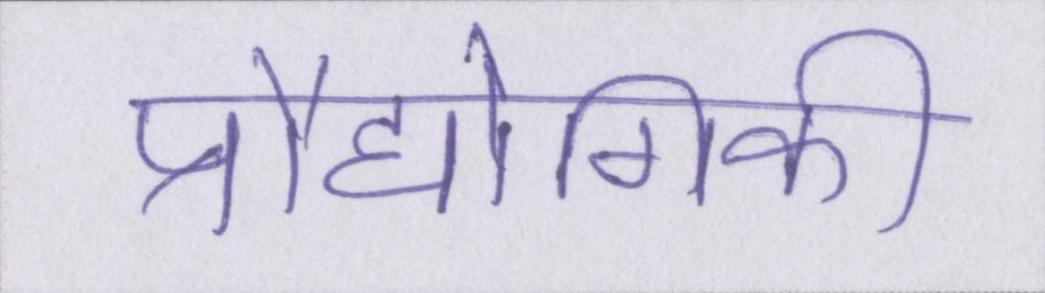
प्रौद्योगिकी